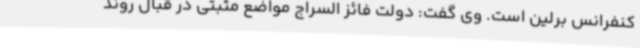
کنفرانس برلین است. وی گفت: دولت فائز السراج مواضع مثبتی در قبال روند